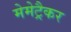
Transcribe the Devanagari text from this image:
मेमेट्रैकर